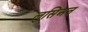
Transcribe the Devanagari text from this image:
लुसिअन